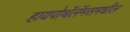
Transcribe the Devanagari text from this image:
हायपोथॅलॅमसमधील